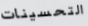
التحسينات